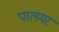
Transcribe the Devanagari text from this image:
पालमर